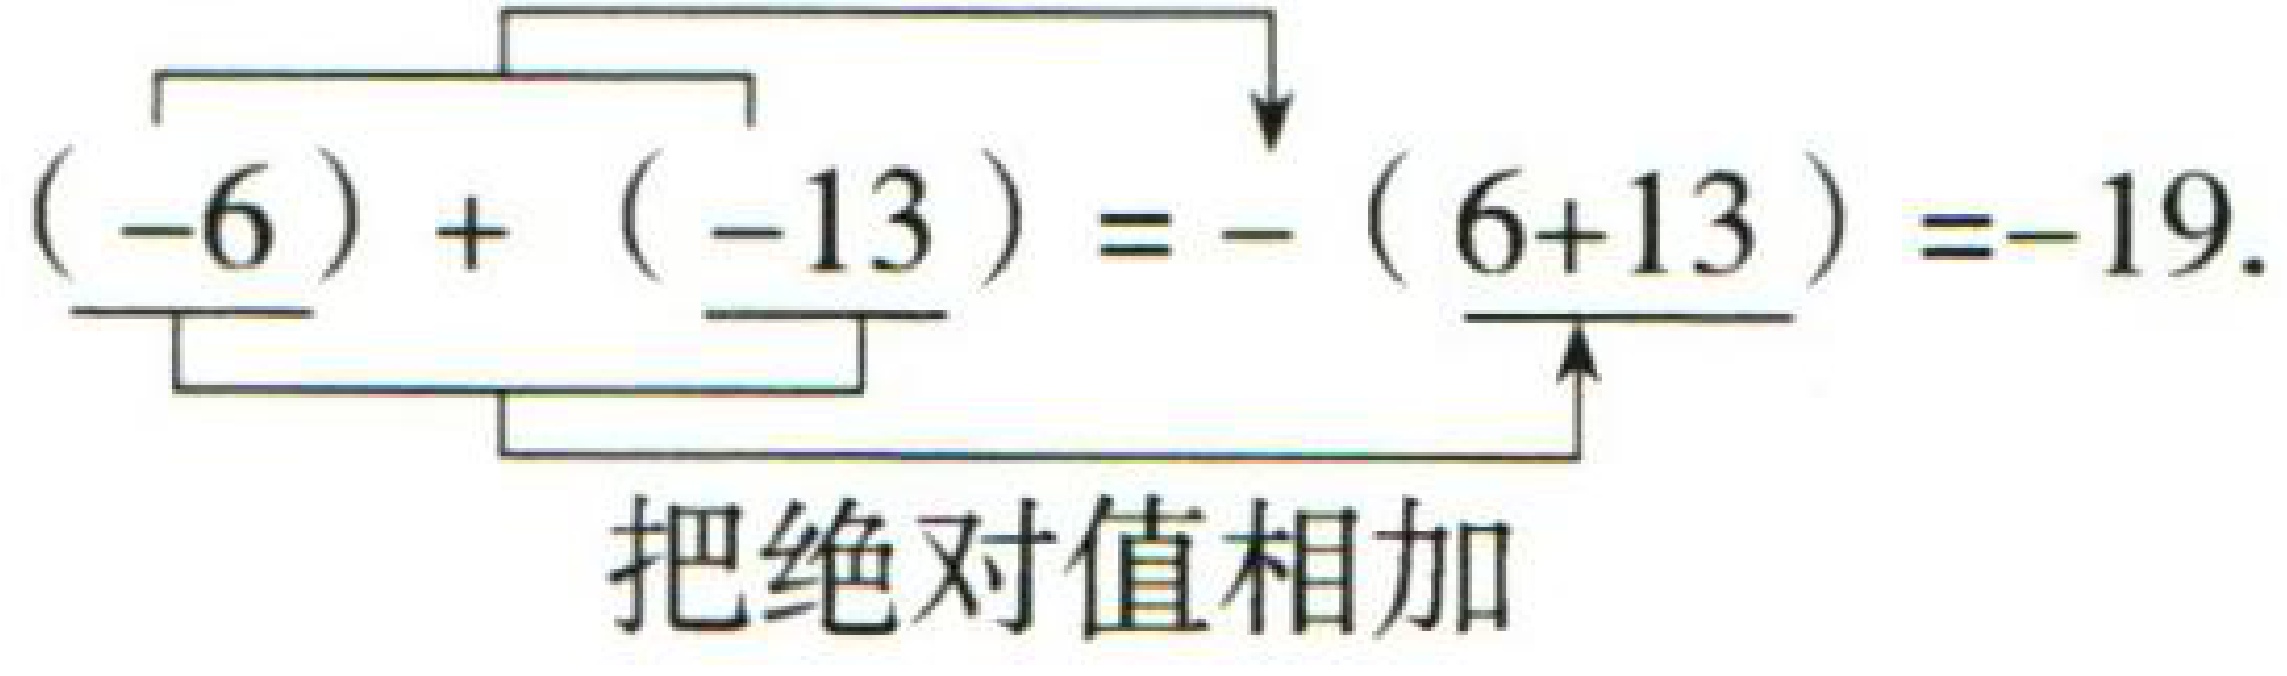
\((-6)+(-13)=-(6 + 13)=-19\)
把绝对值相加